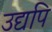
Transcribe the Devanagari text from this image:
उद्यपि